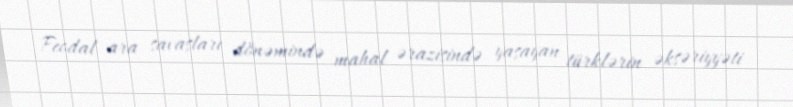
Feodal ara savaşları dönəmində mahal ərazisində yaşayan türklərin əksəriyyəti